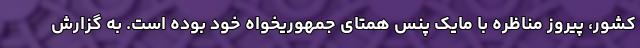
کشور، پیروز مناظره با مایک پنس همتای جمهوریخواه خود بوده است. به گزارش